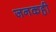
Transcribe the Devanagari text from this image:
जनकही